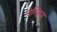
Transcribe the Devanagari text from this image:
मेग्जिन